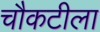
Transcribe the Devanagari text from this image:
चौकटीला